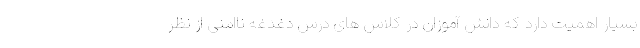
بسیار اهمیت دارد که دانش آموزان در کلاس های درس دغدغه ناامنی از نظر